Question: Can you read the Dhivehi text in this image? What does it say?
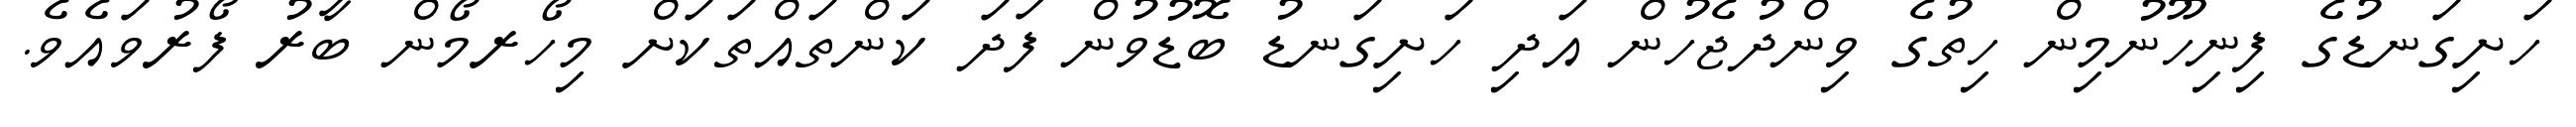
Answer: ހަށިގަނޑުގެ ފިނިހޫނުމިން ހިތުގެ ވިންދުޖެހުން އަދި ހަށިގަނޑު ބޮޑުވުން ފަދަ ކަންތައްތަކަށް މިހޯރމޯން ބާރު ފޯރުވައެވެ.